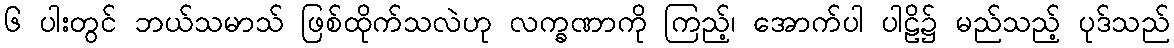
၆ ပါးတွင် ဘယ်သမာသ် ဖြစ်ထိုက်သလဲဟု လက္ခဏာကို ကြည့်၊ အောက်ပါ ပါဠိ၌ မည်သည့် ပုဒ်သည်